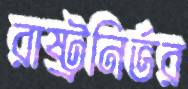
রাষ্ট্রনির্ভর